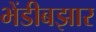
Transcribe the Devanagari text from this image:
भेंडीबझार